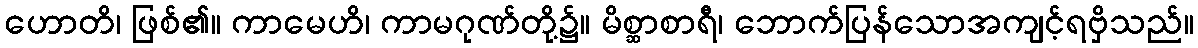
ဟောတိ၊ ဖြစ်၏။ ကာမေဟိ၊ ကာမဂုဏ်တို့၌။ မိစ္ဆာစာရီ၊ ဘောက်ပြန်သောအကျင့်ရဗှိသည်။